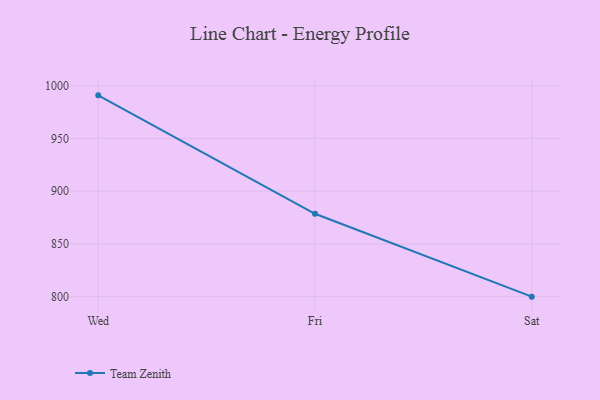
{"axis": {"x": "Day", "y": "Waste Production (Tons)"}, "legend": ["Team Zenith"], "data": [{"x": "Wed", "y": 990.9, "type": "Team Zenith"}, {"x": "Fri", "y": 878.6, "type": "Team Zenith"}, {"x": "Sat", "y": 800, "type": "Team Zenith"}]}